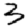
Digit: 3